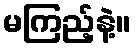
မကြည့်နဲ့။